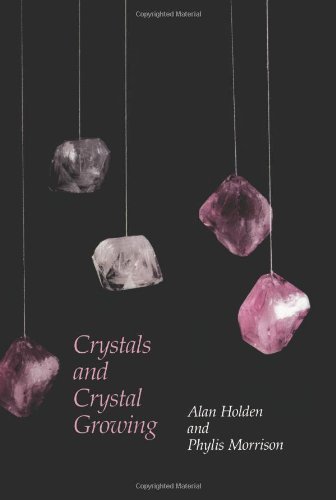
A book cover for Crystals and Crystal Growing; Alan Holden; Science & Math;